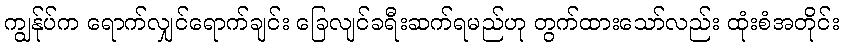
ကျွန်ုပ်က ရောက်လျှင်ရောက်ချင်း ခြေလျင်ခရီးဆက်ရမည်ဟု တွက်ထားသော်လည်း ထုံးစံအတိုင်း